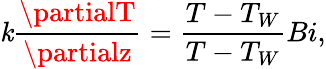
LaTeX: \mathit{k}\frac{{\partialT}}{{\partialz}}=\frac{{T-T_{W}}}{{T-T_{W}}}{Bi},